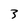
Character: 3